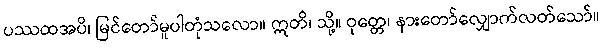
ပဿထအပိ၊ မြင်တော်မူပါတုံသလော။ ဣတိ၊ သို့။ ဝုတ္တေ၊ နားတော်လျှောက်လတ်သော်။